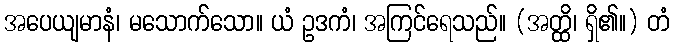
အပေယျမာနံ၊ မသောက်သော။ ယံ ဥဒကံ၊ အကြင်ရေသည်။ (အတ္ထိ၊ ရှိ၏။) တံ